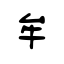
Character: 牟